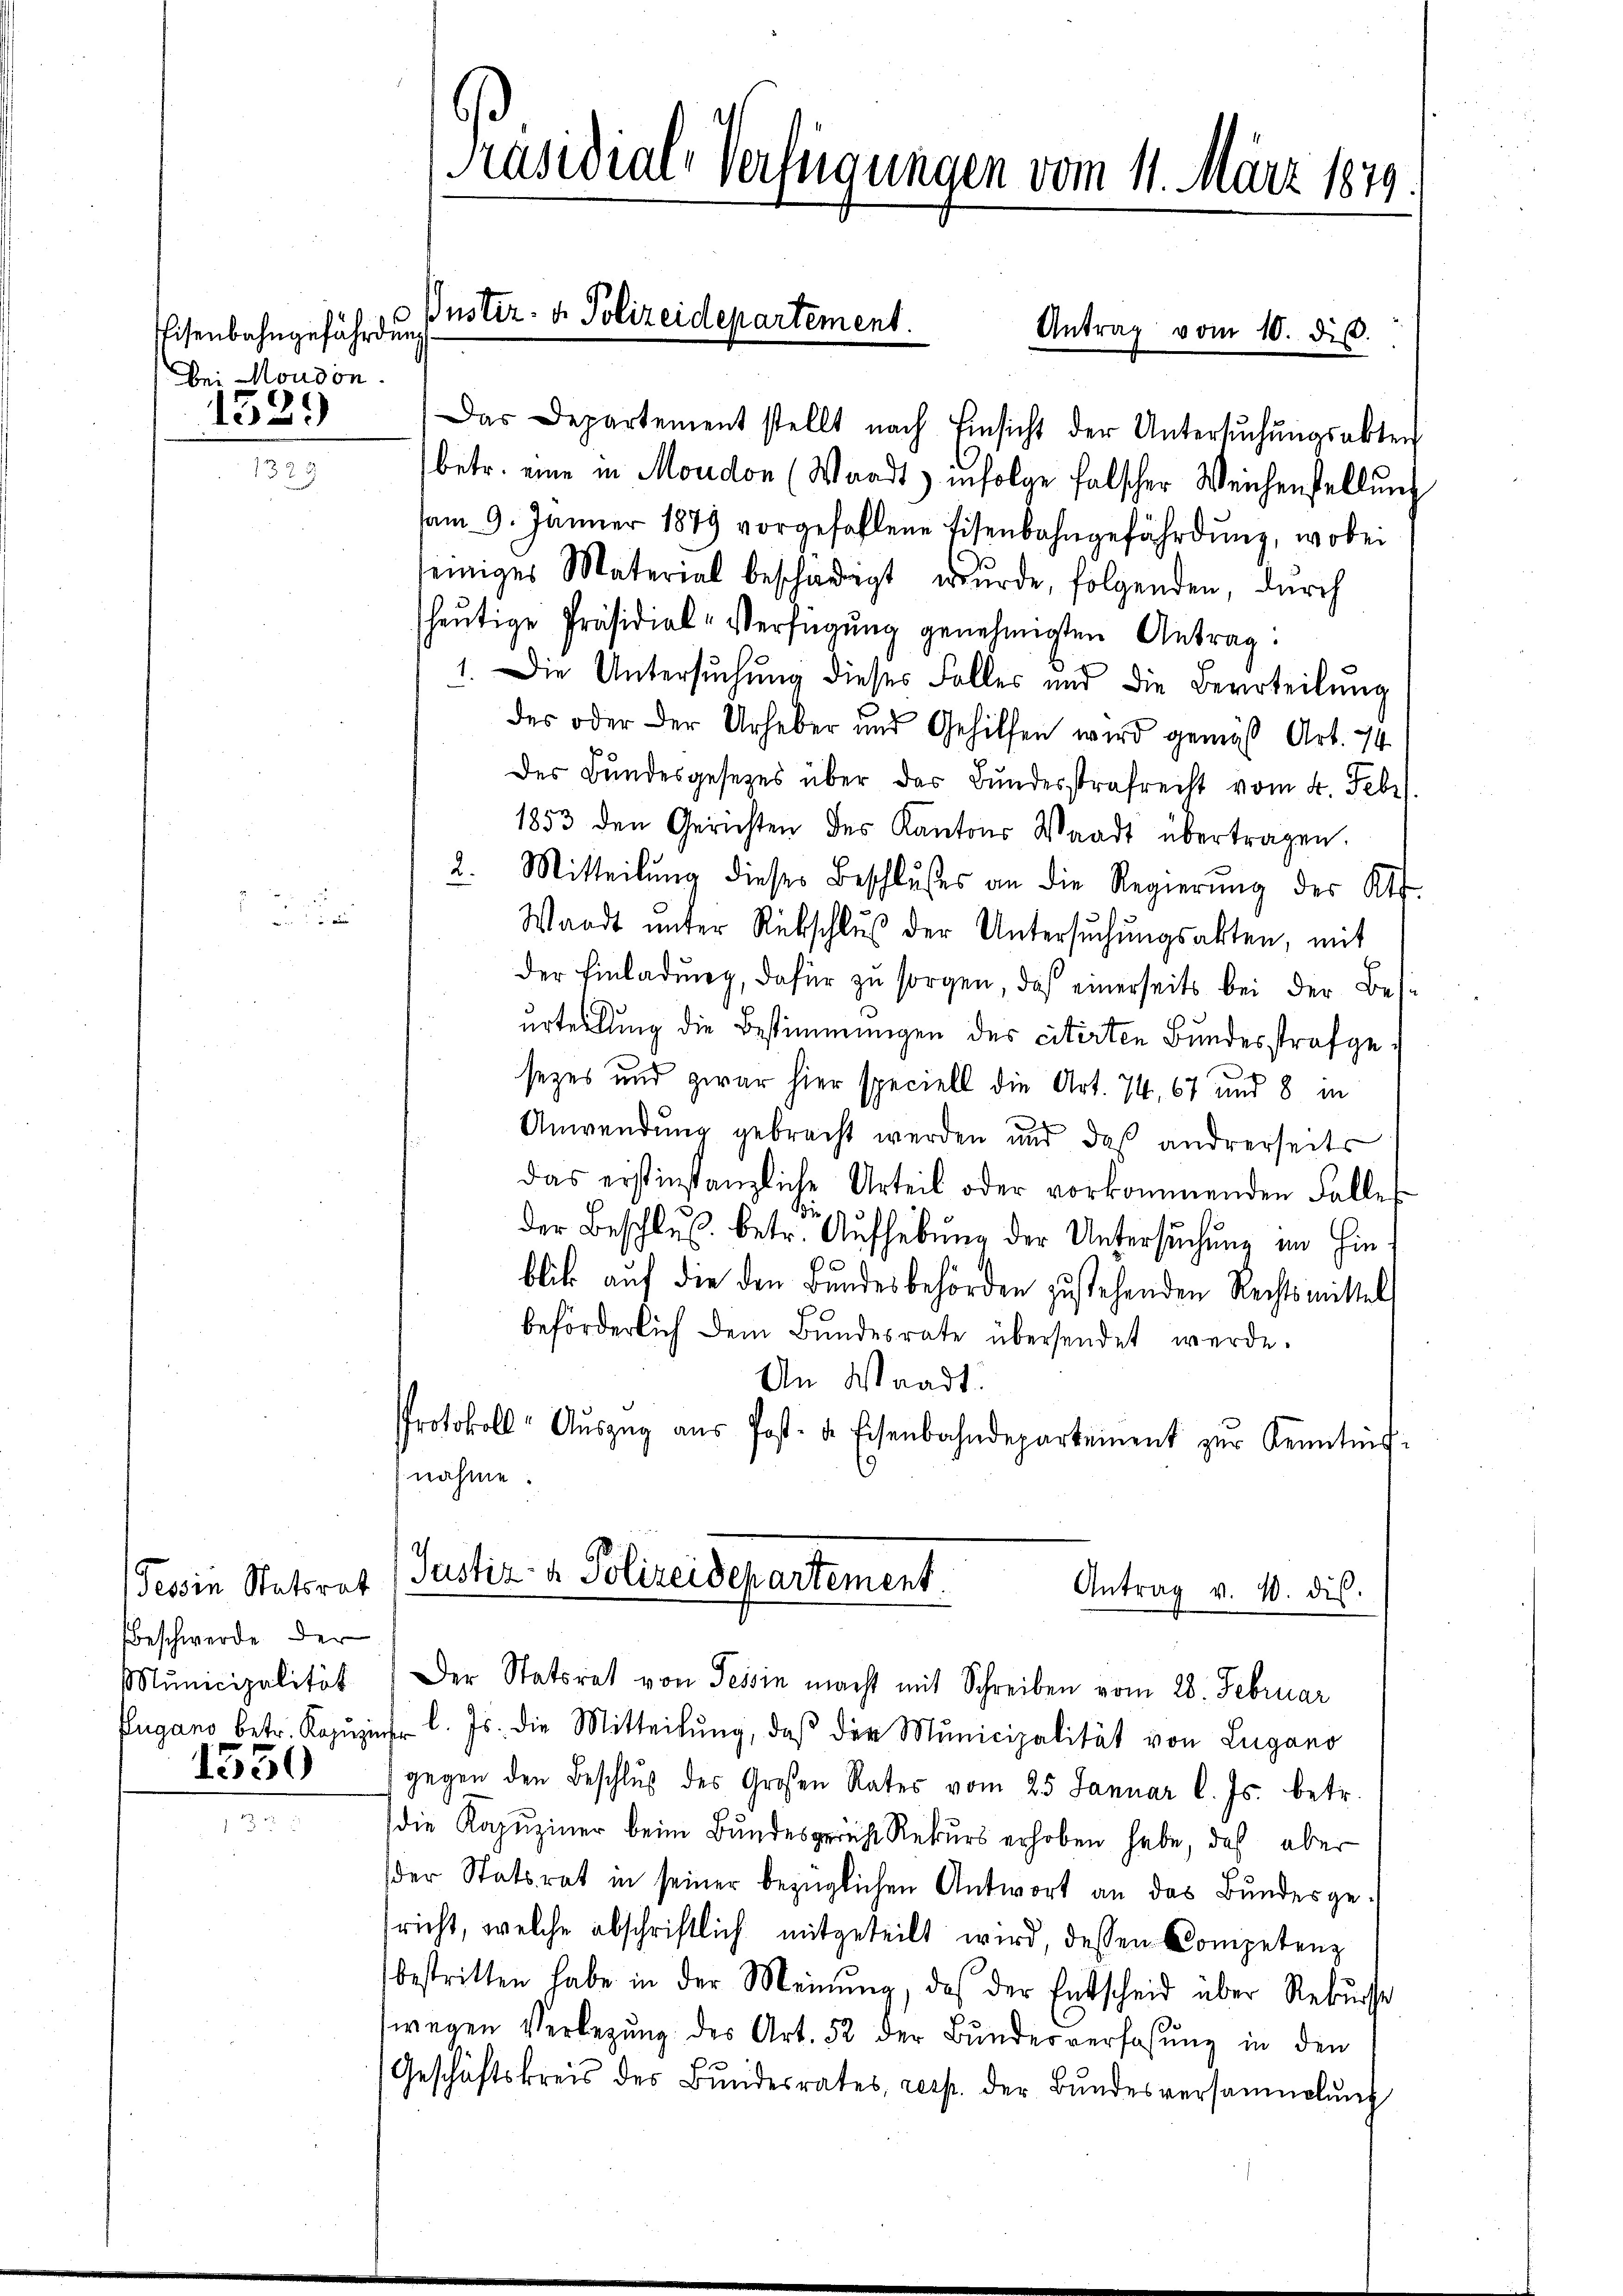
Eisenbahngefährdung
bei Moudon.
1529

Tessin Statsrat
Beschwerde der
Municipalität
Eugano betr. Kapuzi
1530

Präsidial-Verfügungen vom 11. März 1879

Das Departement stellt nach Einsicht der Untersŭchŭngsakten
betr. eine in Moudon (Waadt) infolge falscher Weichenstellŭng
am 9. Jänner 1879 vorgefallene Eisenbahngefährdŭng, wobei
seiniges Material beschädigt wurde, folgenden, durch
heŭtige Präsidial-Verfügung genehmigten Antrag:
1. Die Untersŭchŭng dieses Falles und die Beurteilŭng
des oder der Urheber und Gehilfen wird gemäß Art. 74
des Bundesgesetzes über das Bundesstrafrecht vom 4. Febr
1853 den Gerichten des Kantons Waadt übertragen.
2. Mitteilŭng dieser Beschlußes an die Regierŭng des Kts.
Waadt unter Rebschluß der Untersŭchŭngsakten, mit
der Einladŭng, dafür zŭ sorgen das einerseits bei der Bes
urteilung die Bestimmungen des citirten Bundesstrafge¬
¬
sezes und zwar hier speciell die Art. 74, 67 und 8 in
Anwendung gebracht werden und daß andrerseits
das erstinstanzliche Urteil oder vorkommenden Falles
der Beschluß betr. Aufhebung der Untersuchung im Hinblik auf die den Bundesbehörden zustehenden Rechtsmittels
beförderlich dem Bundesrate übersendet werde.
An Waadt.
Protokoll-Aŭszŭg aŭs Post- u. Eisenbahndepartement zur Kenntnis-
nahme.
Justiz- & Polizeidepartement
Antrag v. 4. dis.
Der Statsrat von Tessin macht mit Schreiben vom 28. Februar
r l. Js. die Mitteilŭng, daβ der Municipalität von Lugano
gegen den Beschluß des Großen Rates vom 25 Januar l. Js. betr.
die Kapuziner beim Bundesgericht Rekurs erhoben habe, daß aber
der Statsrat in seiner bezüglichen Antwort an das Bundesgericht, welche abschriftlich mitgeteilt wird dessen Competenz
bestritten habe in der Meinung, daß der Entscheid über Rekurse
wegen Verlegŭng des Art. 52 der Bŭndesverfassŭng in den
Geschäftskreis des Bŭndesrates, resp. der Bŭndesversammelŭng

Justiz- & Polizeidepartement.
Antrag vom 10. dist.
3.